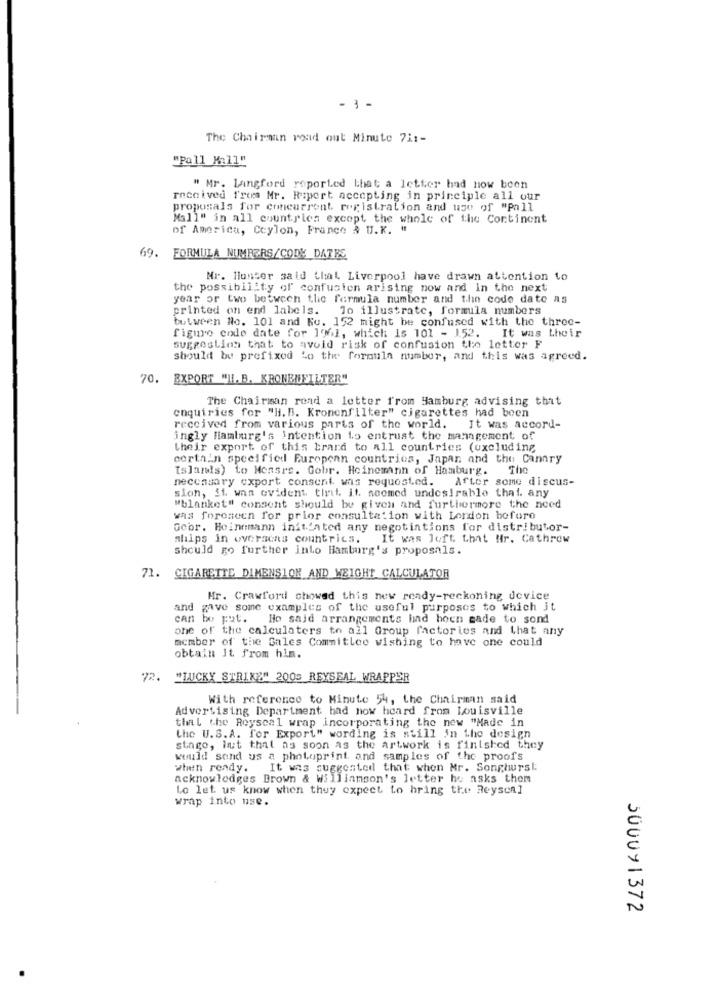
- 1-
The Chairman road out Minute 71 :-
"Pall M:11"
" Mr. Langford reported that a letter had now been
received from Mr. Riport accepting in principle all our
proposals for concurrent registration and use of "Pall
Mall" in all countries except the whole of the Continent
of America, Ceylon, France & U.K. #
69. FORMULA NUMRERS/CODE DATES
Nr. Hunter said that Liverpool have drawn attention to
the possibility of confusion arising now and In the next
year or two between the formula number and thin code date as
printed on end labels. To illustrate, formula numbers
bulween No. 101 and Ko. 152 might be confused with the three-
figure code date for 19%], which is 101 - 1.52. It was their
suggestion that to avoid risk of confusion the letter F
should be prefixod Lo the formula number, and this was agreed.
70. EXPORT "HI. B. KRONENFILTER"
The Chairman read a letter from Hamburg advising that
enquiries for "H. B. Kronenfilter" cigarettes had been
received from various parts of the world. It was accord-
ingly Hamburg's Intention to entrust the management of
their export of this brard to all countries (uxcluding
certain specified European countries, Japan and the Canary
[slands) to Mensre. Gobr. Heinemann of Hamburg. The
necessary export consent was requested. After some discus-
sion, it was evident tint it seemed undesirable that. any
"blanket" consent should be given and furthermore the need
was foreseen for prior consultation with London before
Geor. Hoinnmann initiated any negotiations for distributor-
ships in overseas countries.
It was luft that Mr. Cathrow
should go further into Hamburg's proposals.
71. CIGARETTE DIMENSION AND WEIGHT CALCULATOR
Hr. Crawford showed this new ready-reckoning device
and gave some examples of the useful purposes to which it
can be put. Ho said arrangements hind been made to sond
one of the calculaters to all Group factories and that any
member of the Sales Commitlee wishing to have one could
obtain It from him.
72. "LUCKY STRIKE" 2005 REYSEAL WRAPPER
With reference to Minute 54, the Chairman said
Advertising Department had how heard from Louisville
tial the Royscal wrap incorporating the new "Made in
the U.S. A. for Export" wording is still in the design
stage, lut that as soon as the artwork is finished they
would send us a photoprint and samples of the proofs
when ready. It was suggested that when Mr. Songhurst
acknowledges Brown & Williamson's letter he asks them
Lo let us know when they expect to bring the Reysea]
wrap into use.
500091372